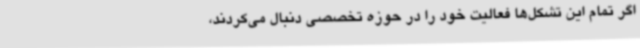
‌اگر تمام این تشکل‌ها فعالیت خود را در حوزه تخصصی دنبال می‌کردند،